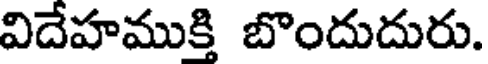
విదేహముక్తి బొందుదురు.